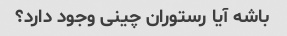
باشه آیا رستوران چینی وجود دارد؟